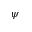
\psi